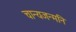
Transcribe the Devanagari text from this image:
चान्यजन्मनि